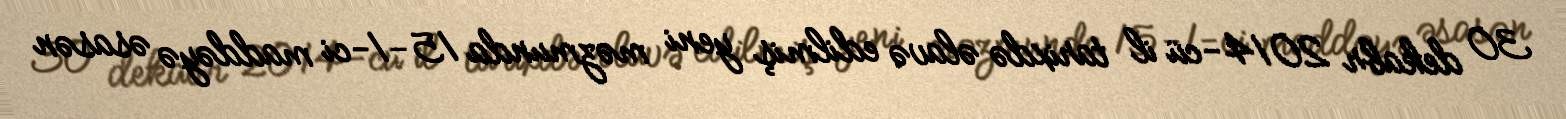
30 dekabr 2014-cü il tarixdə əlavə edilmiş yeni məzmunda 15-1-ci maddəyə əsasən